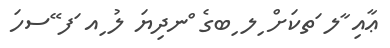
ޢާއި ާލ ަތކަށް ިލ ިބގެ ްނދިޔަ ލު ިއ ަފ ޭސހަ